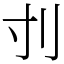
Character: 刌